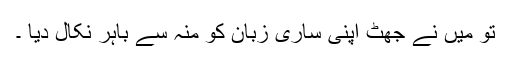
تو میں نے جھٹ اپنی ساری زبان کو منہ سے باہر نکال دیا ۔